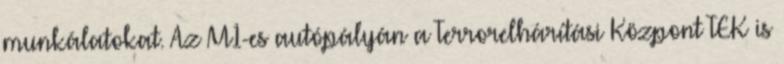
munkálatokat. Az M1-es autópályán a Terrorelhárítási Központ TEK is